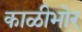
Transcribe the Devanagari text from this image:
काळीभोर